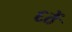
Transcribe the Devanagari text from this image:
६ठें